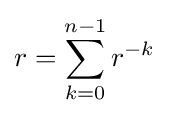
r=\sum _{k=0}^{n-1}r^{-k}